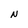
Character: N